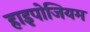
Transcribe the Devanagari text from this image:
हाइपोजियम